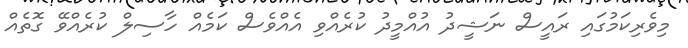
މިވެރިކަމުގައި ރައީސް ނަޝީދު އުއްމީދު ކުރެއްވި އެއްވެސް ކަމެއް ހާސިލް ކުރެއްވޭ ގޮތެއް